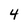
Character: 4